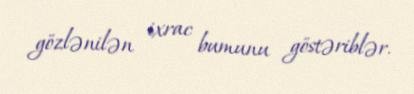
gözlənilən ixrac bumunu göstəriblər.